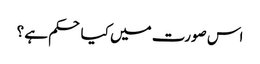
اس صورت میں کیا حکم ہے ؟